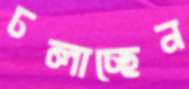
ঢলাচ্ছেন